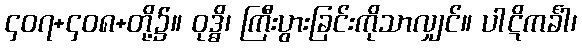
၄၀၇+၄၀၈+တို့၌။ ဝုဒ္ဓိ၊ ကြီးပွားခြင်းကိုသာလျှင်။ ပါဋိကင်္ခါ၊